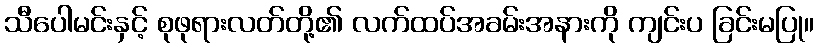
သီပေါမင်းနှင့် စုဖုရားလတ်တို့၏ လက်ထပ်အခမ်းအနားကို ကျင်းပ ခြင်းမပြု။